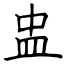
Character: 盅